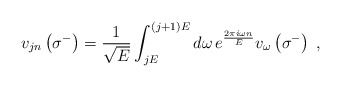
\begin{align*}v_{jn}\left(\sigma^-\right)={1\over\sqrt{E}}\int_{jE}^{\left(j+1\right)E}d\omega\,e^{\frac{2\pi i\omega n}{E}}v_{\omega}\left(\sigma^-\right)\;,\end{align*}